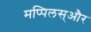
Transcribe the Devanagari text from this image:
मप्पिलस्और